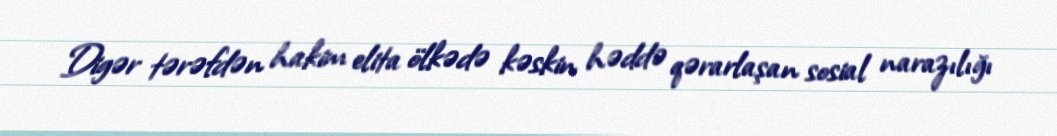
Digər tərəfdən hakim elita ölkədə kəskin həddə qərarlaşan sosial narazılığı